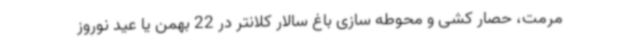
مرمت، حصار کشی و محوطه سازی باغ سالار کلانتر در 22 بهمن یا عید نوروز